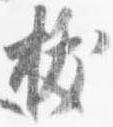
抜